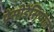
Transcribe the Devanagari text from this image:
प्रेसीडेंसियाल